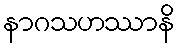
နာဂသဟဿာနိ